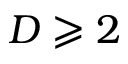
D \geqslant 2